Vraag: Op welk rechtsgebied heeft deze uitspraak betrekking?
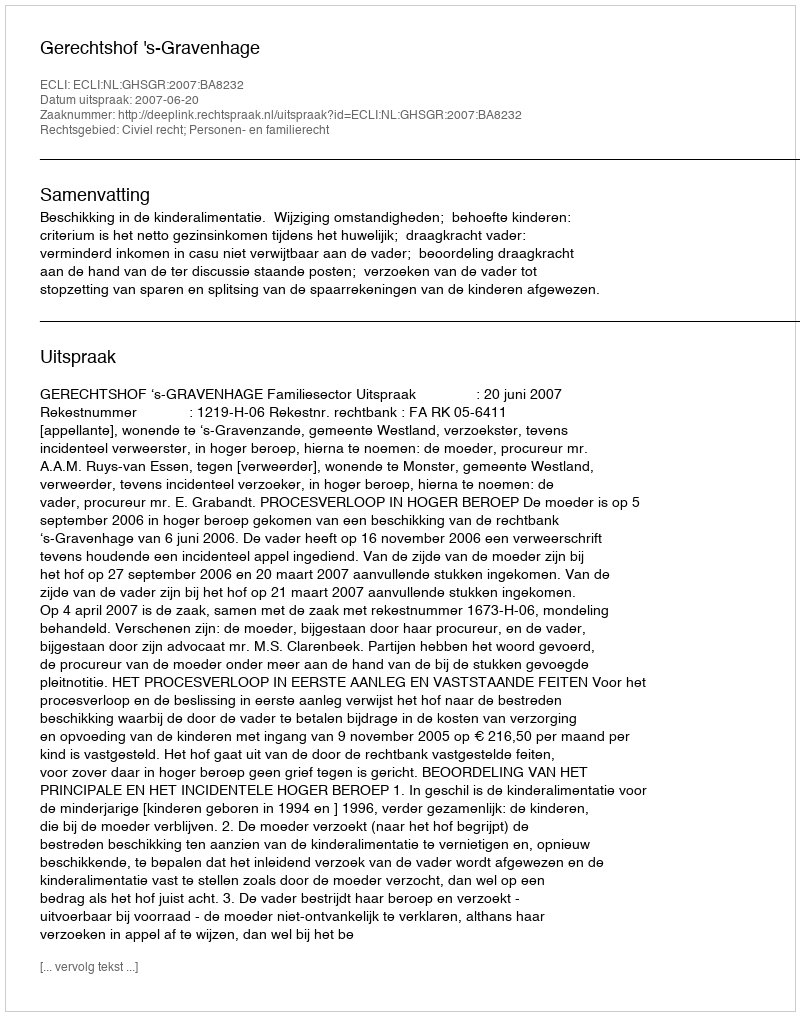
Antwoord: Civiel recht; Personen- en familierecht